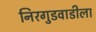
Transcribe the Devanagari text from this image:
निरगुडवाडीला